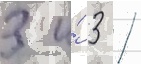
3 и́ 3 /